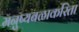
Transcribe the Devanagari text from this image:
मनुष्यबळाकरिता